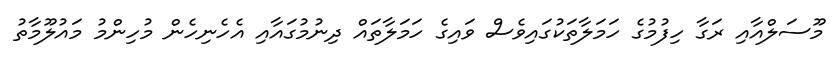
މޫސަލްއާއި ރަގާ ހިފުމުގެ ހަމަލާތަކުގައިވެސް ވައިގެ ހަމަލާތައް ދިނުމުގައާއި އެހެނިހެން މުހިންމު މައުލޫމާތު